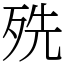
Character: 㱡